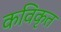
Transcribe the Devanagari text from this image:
कविकृत